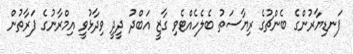
ފަނޑިޔާރުންގެ ބެންޗުގެ ރިޔާސަތު ބެލެހެއްޓެވި ގާޒީ އަބްދު ދީދީ ވިދާޅުވީ އިމްރާނުގެ ފަރާތުން